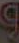
و